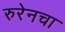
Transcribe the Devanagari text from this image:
रुरेनचा